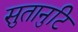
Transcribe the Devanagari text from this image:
सुतानुटि